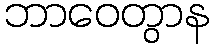
ဘာဝေတွာန